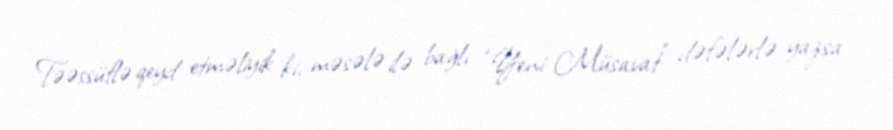
Təəssüflə qeyd etməliyik ki, məsələ ilə bağlı “Yeni Müsavat” dəfələrlə yazsa